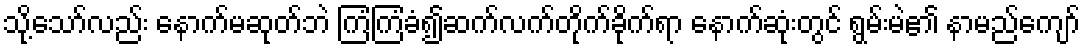
သို့သော်လည်း နောက်မဆုတ်ဘဲ ကြံကြံခံ၍ဆက်လက်တိုက်ခိုက်ရာ နောက်ဆုံးတွင် ရွမ်းမဲ၏ နာမည်ကျော်